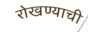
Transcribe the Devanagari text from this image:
रोखण्याची